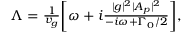
\begin{array} { r } { \Lambda = \frac { 1 } { v _ { g } } \bigg [ \omega + i \frac { | g | ^ { 2 } | A _ { p } | ^ { 2 } } { - i \omega + \Gamma _ { 0 } / 2 } \bigg ] , } \end{array}